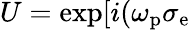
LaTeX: U=\textrm{exp}[i(\omega_{\textrm{p}}\sigma_{\textrm{e}}